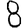
Digit: 8